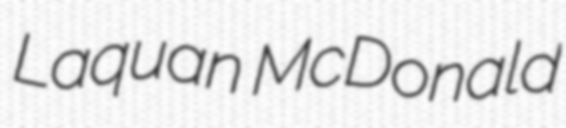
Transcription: Laquan McDonald